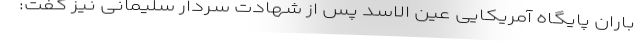
باران پایگاه آمریکایی عین الاسد پس از شهادت سردار سلیمانی نیز گفت: